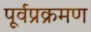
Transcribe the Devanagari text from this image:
पूर्वप्रक्रमण